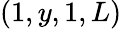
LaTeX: (1,y,1,L)